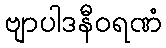
ဗျာပါဒနီဝရဏံ